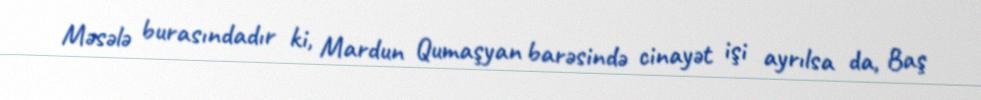
Məsələ burasındadır ki, Mardun Qumaşyan barəsində cinayət işi ayrılsa da, Baş